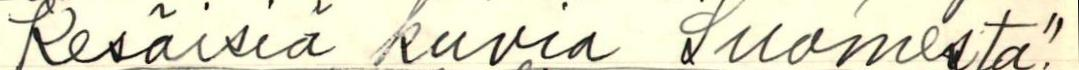
Kesäisiä kuvia Suomesta".